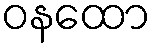
ဝနထော